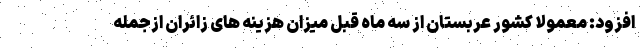
افزود: معمولا کشور عربستان از سه ماه قبل میزان هزینه های زائران ازجمله